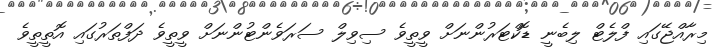
މިރާއްޖޭގައި ފްލެޓް ލިބެނީ ޑޮކްޓަރުންނަށް ވީތީވެ ސިވިލް ސަރަވެންޓުންނަށް ވީތީވެ ދަފްތަރުގައި އޮތީތީވެ